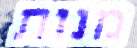
מנות